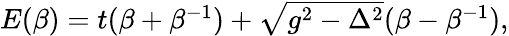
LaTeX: \begin{array}{r}{E(\beta)=t(\beta+\beta^{-1})+\sqrt{g^{2}-\Delta^{2}}(\beta-\beta^{-1}),}\end{array}